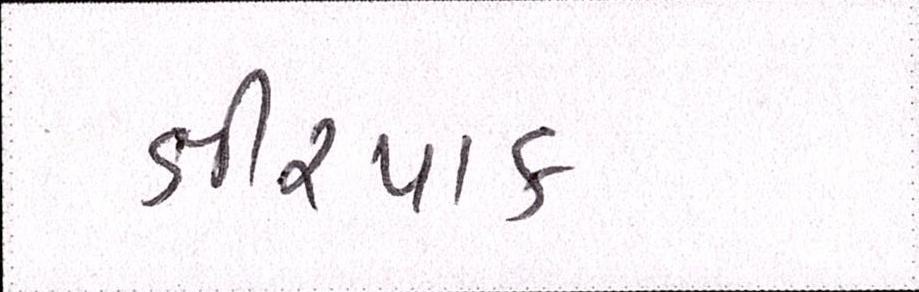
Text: ક્ષીરપાક